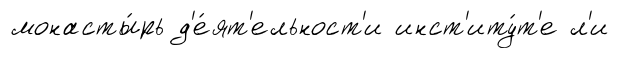
монасты́рь д'е́ят'ельност'и инст'иту́т'е л'и